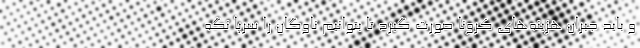
و باید جبران هزینه‌های کرونا صورت گیرد تا بتوانیم ناوگان را سرپا نگه